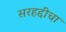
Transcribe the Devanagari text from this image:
सरहद्दीचा